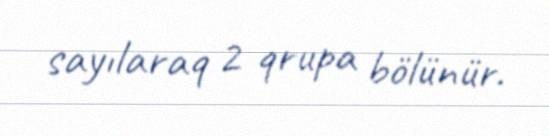
sayılaraq 2 qrupa bölünür.